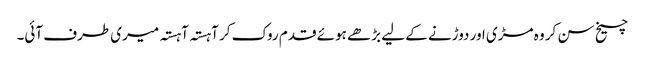
چیخ سن کر وہ مڑی اور دوڑنے کے لیے بڑھے ہوئے قدم روک کر آہستہ آہستہ میری طرف آئی۔